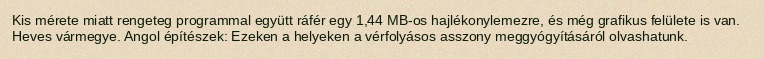
Kis mérete miatt rengeteg programmal együtt ráfér egy 1,44 MB-os hajlékonylemezre, és még grafikus felülete is van. Heves vármegye. Angol építészek: Ezeken a helyeken a vérfolyásos asszony meggyógyításáról olvashatunk.